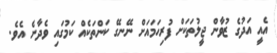
އެއީ އަދުގެ ޒުވާން ޖީލުތަކަށް ފުރިހަމައަށް ނޭނގޭ ކަންތަކެއް ކަމުގައި ވެދާނެ އެވެ.